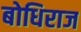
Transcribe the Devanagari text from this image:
बोधिराज